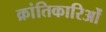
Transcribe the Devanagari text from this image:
क्रांतिकारिओं